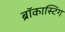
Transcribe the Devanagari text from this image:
ब्रॉकास्टिंग